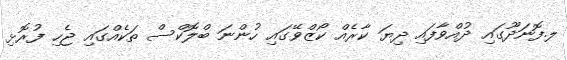
ލ.ފޮނަދޫގައި ދުއްވާފައި ދިޔަ ކާރެއް ކޯޒްވޭގައި ހުންނަ ބްލޮކްސް ތަކެއްގައި ޖެހި ފުރޮޅި